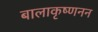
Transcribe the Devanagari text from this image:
बालाकृष्णनन